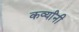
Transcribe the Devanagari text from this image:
कर्व्यांनी